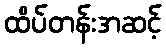
ထိပ်တန်းအဆင့်